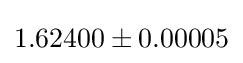
1.62400\pm 0.00005